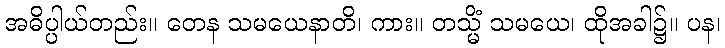
အဓိပ္ပါယ်တည်း။ တေန သမယေနာတိ၊ ကား။ တသ္မိံ သမယေ၊ ထိုအခါ၌။ ပန၊